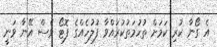
އެ ގޯނާ ކުރި ކަމަށް ތުހުމަތުކުރައްވާ ފުލުހެއްގެ ފޮޓޯ ވެސް އޭނާ ވަނީ